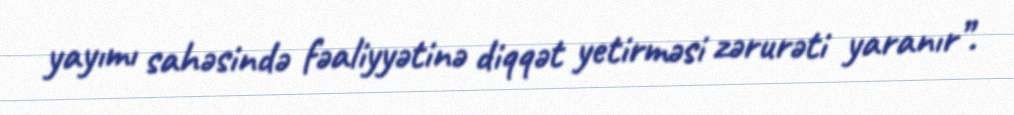
yayımı sahəsində fəaliyyətinə diqqət yetirməsi zərurəti yaranır”.